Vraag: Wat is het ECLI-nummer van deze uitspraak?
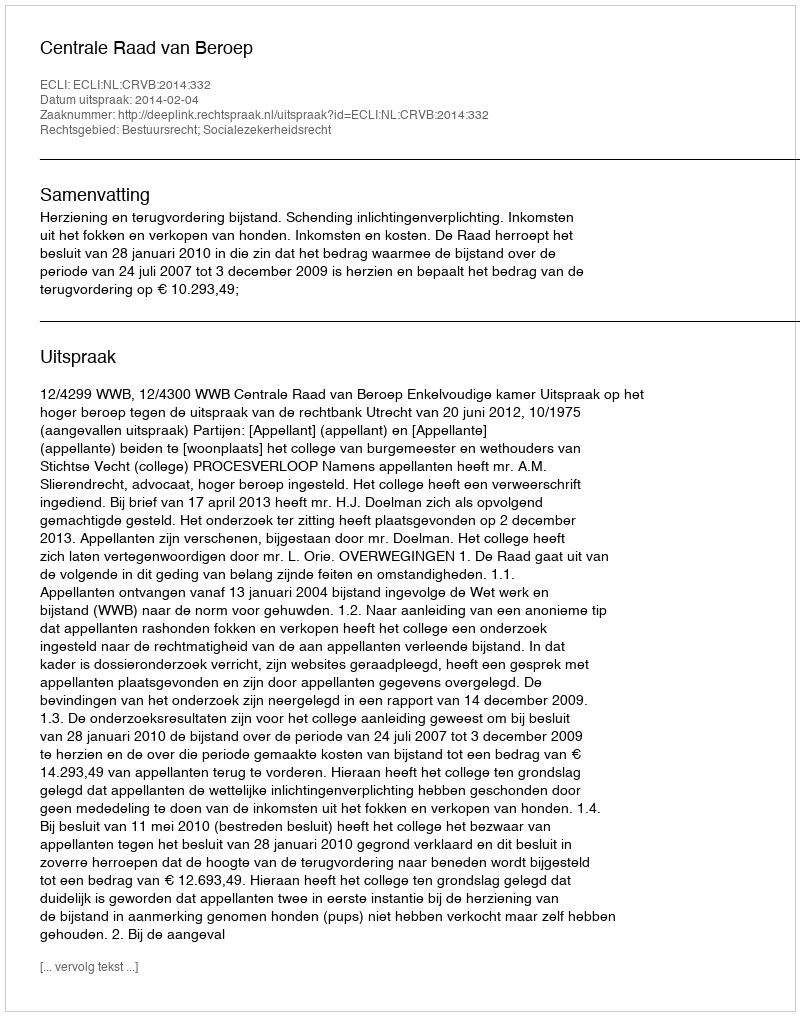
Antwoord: ECLI:NL:CRVB:2014:332